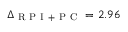
\Delta _ { \mathrm { ~ R ~ P ~ I ~ + ~ P ~ C ~ } } = 2 . 9 6